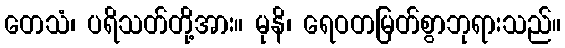
တေသံ၊ ပရိသတ်တို့အား။ မုနိ၊ ရေဝတမြတ်စွာဘုရားသည်။